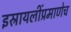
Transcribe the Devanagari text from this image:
इस्रायलींप्रमाणेच